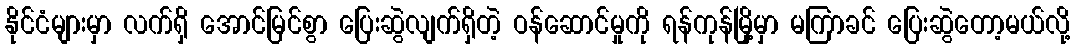
နိုင်ငံများမှာ လက်ရှိ အောင်မြင်စွာ ပြေးဆွဲလျက်ရှိတဲ့ ဝန်ဆောင်မှုကို ရန်ကုန်မြို့မှာ မကြာခင် ပြေးဆွဲတော့မယ်လို့